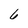
Character: 6